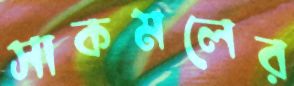
সাকমলের